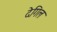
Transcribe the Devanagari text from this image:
देगिल